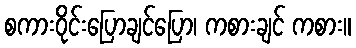
စကားဝိုင်းပြောချင်ပြော၊ ကစားချင် ကစား။